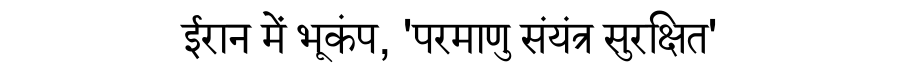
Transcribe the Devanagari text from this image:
ईरान में भूकंप, 'परमाणु संयंत्र सुरक्षित'